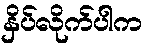
နှိပ်လိုက်ပါက